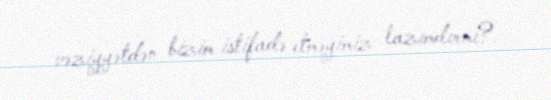
vəziyyətdən bizim istifadə etməyimiz lazımdırmı?.